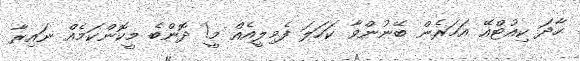
ހާދަ ކިއުޓްއޭ އަހަރެން ބޭނުންވާ ކަހަލަ ފެމިލީއެއް މީ! ދޮންބެ މީކޮންކަމެއް ނައިރާ